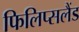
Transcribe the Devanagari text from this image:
फिलिप्सलैंड